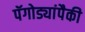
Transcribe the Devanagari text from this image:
पॅगोड्यांपैकी